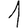
Digit: 1